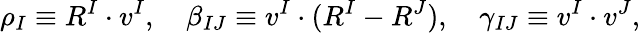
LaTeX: \rho_{I}\equiv R^{I}\cdot v^{I},\quad\beta_{IJ}\equiv v^{I}\cdot(R^{I}-R^{J}),\quad\gamma_{IJ}\equiv v^{I}\cdot v^{J},